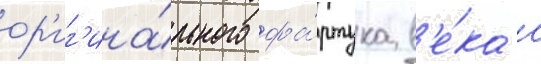
ор'иг'ина́льного фа́ртука в'е́ка с